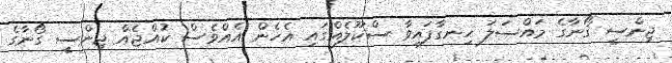
ޖިންސީ ގޯނާގެ މައްސަލަ ހިނގާފައިވާ ސްކޫލެއްގައި އެހެން އެއްވެސް ކުއްޖެއް ޖިންސީ ގޯނާގެ